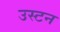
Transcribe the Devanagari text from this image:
उस्टन